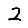
Digit: 2